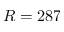
R = 2 8 7